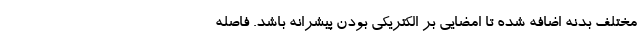
مختلف بدنه اضافه شده تا امضایی بر الکتریکی بودن پیشرانه باشد. فاصله